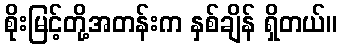
စိုးမြင့်တို့အတန်းက နှစ်ချိန် ရှိတယ်။